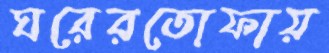
ঘরেরতোফায়